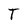
Character: T